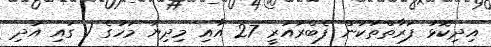
އިދިކޮޅު ފަރާތްތަކުން ފެބްރުއަރީ 27 އާއި މިދިޔަ މަހުގެ 1 ގައި އަދި